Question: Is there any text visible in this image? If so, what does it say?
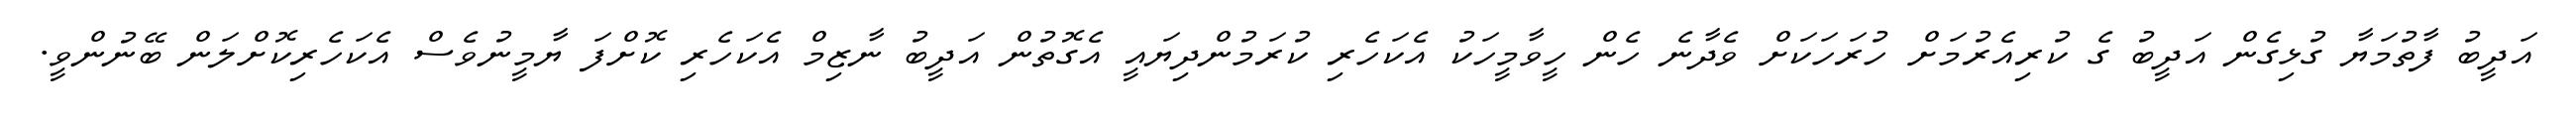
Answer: އަދީބު ފާތުމަޔާ ގުޅިގެން އަދީބު ގެ ކުރިއެރުމަށް ހުރަހަކަށް ވެދާނެ ހެން ހީވާމީހަކު އެކަހެރި ކުރަމުންދިޔައީ އެގޮތުން އަދީބު ނާޒިމް އެކަހެރި ކޮށްފަ ޔާމީނުވެސް އެކަހެރިކޮށްލަން ބޭނުންވީ.